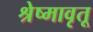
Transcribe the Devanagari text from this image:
श्रेष्मावृतू